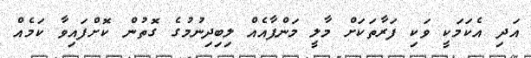
އަދި އެކަމަކީ ވަކި ފަރާތަކަށް މާލީ މަންފާއެއް ލިބިދިނުމުގެ ގޮތުން ކޮށްފައިވާ ކަމެއް